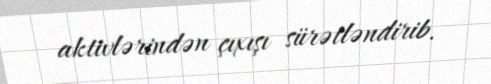
aktivlərindən çıxışı sürətləndirib.